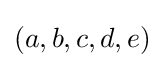
(a,b,c,d,e)